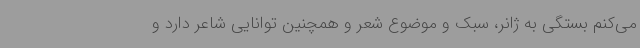
می‌کنم بستگی به ژانر، سبک و موضوع شعر و همچنین توانایی شاعر دارد و